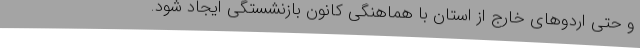
و حتی اردوهای خارج از استان با هماهنگی کانون بازنشستگی ایجاد شود.